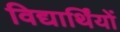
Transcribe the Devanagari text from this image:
विद्यार्थिंयों